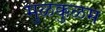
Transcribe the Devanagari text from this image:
मुळक्कुळम